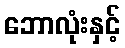
ဘောလုံးနှင့်